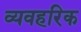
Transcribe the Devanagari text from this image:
व्यवहरिक